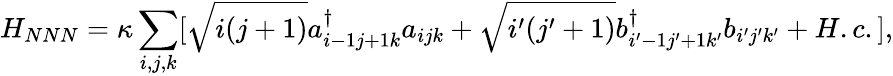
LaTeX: H_{NNN}=\kappa\sum_{i,j,k}[\sqrt{i(j+1)}a_{i-1j+1k}^{\dagger}a_{ijk}+\sqrt{i^{\prime}(j^{\prime}+1)}b_{i^{\prime}-1j^{\prime}+1k^{\prime}}^{\dagger}b_{i^{\prime}j^{\prime}k^{\prime}}+H.c.],